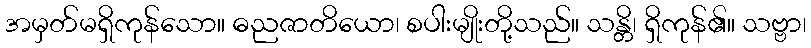
အမှတ်မရှိကုန်သော။ ဓညဇာတိယော၊ စပါးမျိုးတို့သည်။ သန္တိ၊ ရှိကုန်၏။ သဗ္ဗာ၊